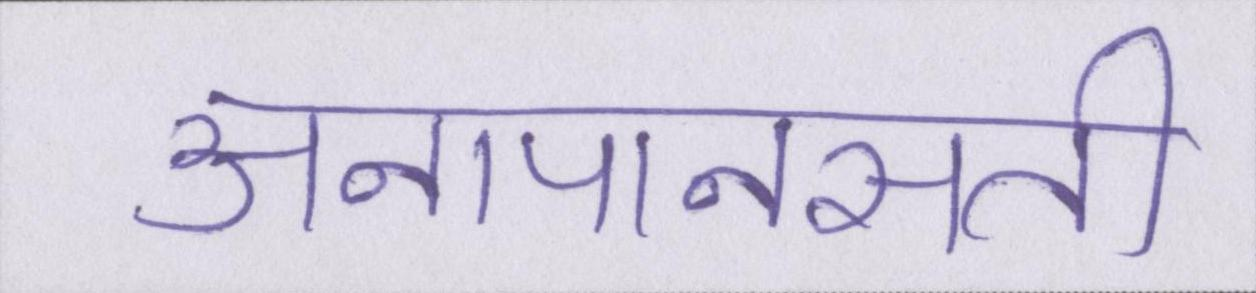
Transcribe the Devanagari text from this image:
अनापानसती